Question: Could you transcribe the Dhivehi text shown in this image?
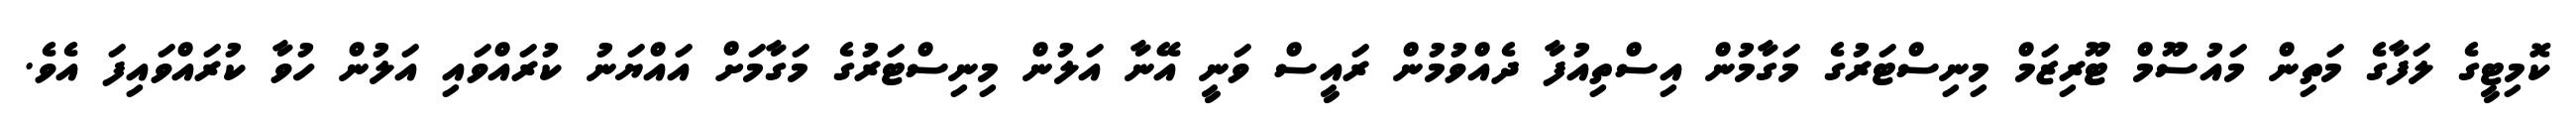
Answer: ކޮމިޓީގެ ލަފާގެ މަތިން މައުސޫމް ޓޫރިޒަމް މިނިސްޓަރުގެ މަގާމުން އިސްތިއުފާ ދެއްވުމުން ރައީސް ވަނީ އޭނާ އަލުން މިނިސްޓަރުގެ މަގާމަށް އައްޔަނު ކުރައްވައި އަލުން ހުވާ ކުރައްވައިފަ އެވެ.